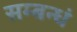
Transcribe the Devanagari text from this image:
सम्बन्धं